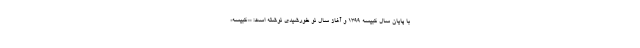
با پایان سال کبیسه ۱۳۹۹ و آغاز سال نو خورشیدی نوشته است: ««کبیسه»